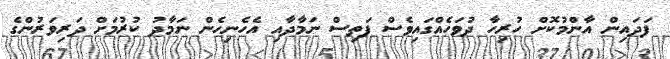
ފަދައިން އާންމުކޮށް ހުރިހާ ދުވަހެއްގައިވެސް ފަތިސް ނަމާދާއި އެހެނިހެން ނަމާދު ކުރުމަށް ދަރިވަރުންގެ